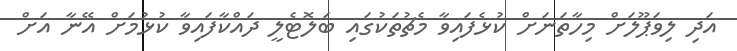
އަދި ލިވަޕޫލަށް މިހާތަނަށް ކުޅެފައިވާ މެޗުތަކުގައި ބަލޮޓެލީ ދައްކާފައިވާ ކުޅުމަށް އޭނާ އަށް